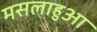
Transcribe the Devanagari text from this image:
मसलाहुआ